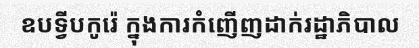
ឧបទ្វីបកូរ៉េ ក្នុងការកំញើញដាក់រដ្ឋាភិបាល